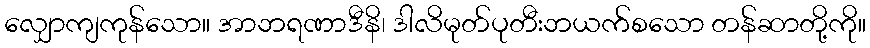
လျှောကျကုန်သော။ အာဘရဏာဒီနိ၊ ဒါလိမုတ်ပုတီးဘယက်စသော တန်ဆာတို့ကို။